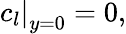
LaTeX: \left.c_{l}\right|_{y=0}=0,